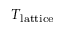
T _ { \mathrm { l a t t i c e } }